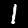
Digit: 1